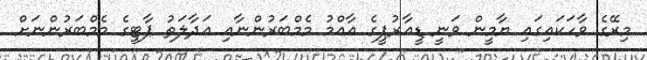
މިރޭގެ ވާހަކައިގައި ޔާމީން ވަނީ ޑީއާރުޕީގެ އާއްމު މެމްބަރުންނާއި އަދާލަތު ޕާޓީގެ މެމްބަރުންނަށް